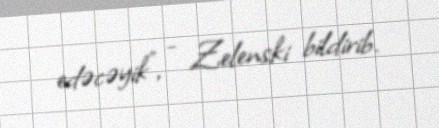
edəcəyik", - Zelenski bildirib.